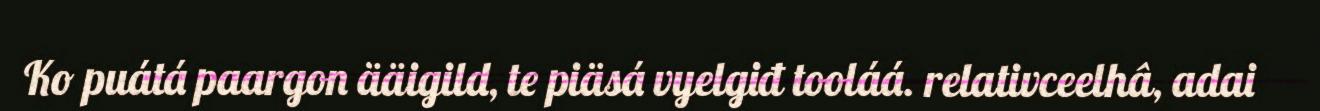
Ko puátá paargon ääigild, te piäsá vyelgiđ tooláá. relativceelhâ, adai